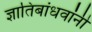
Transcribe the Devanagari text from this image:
ज्ञातिबांधवांनी